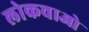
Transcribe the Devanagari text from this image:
लोकचाओ